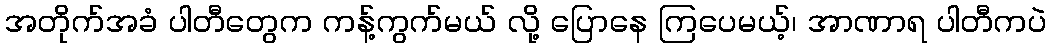
အတိုက်အခံ ပါတီတွေက ကန့်ကွက်မယ် လို့ ပြောနေ ကြပေမယ့်၊ အာဏာရ ပါတီကပဲ